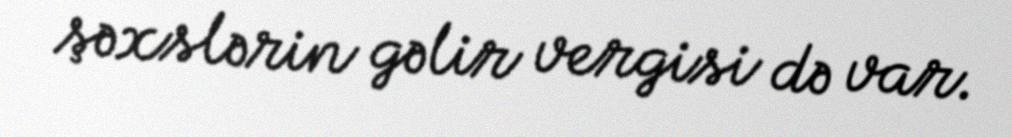
şəxslərin gəlir vergisi də var.